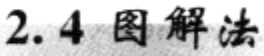
2.4 图解法